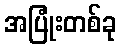
အပြုံးတစ်ခု